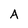
Character: A